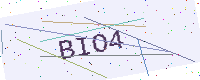
Text: BIO4